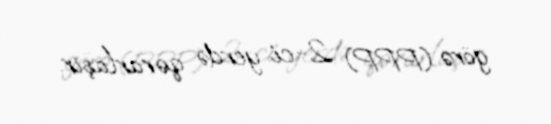
görə (PPP) 2-ci yerdə qərarlaşır.